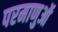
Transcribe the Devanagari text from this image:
परमाणुऑ